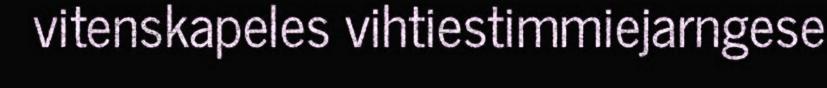
vitenskapeles vihtiestimmiejarngese